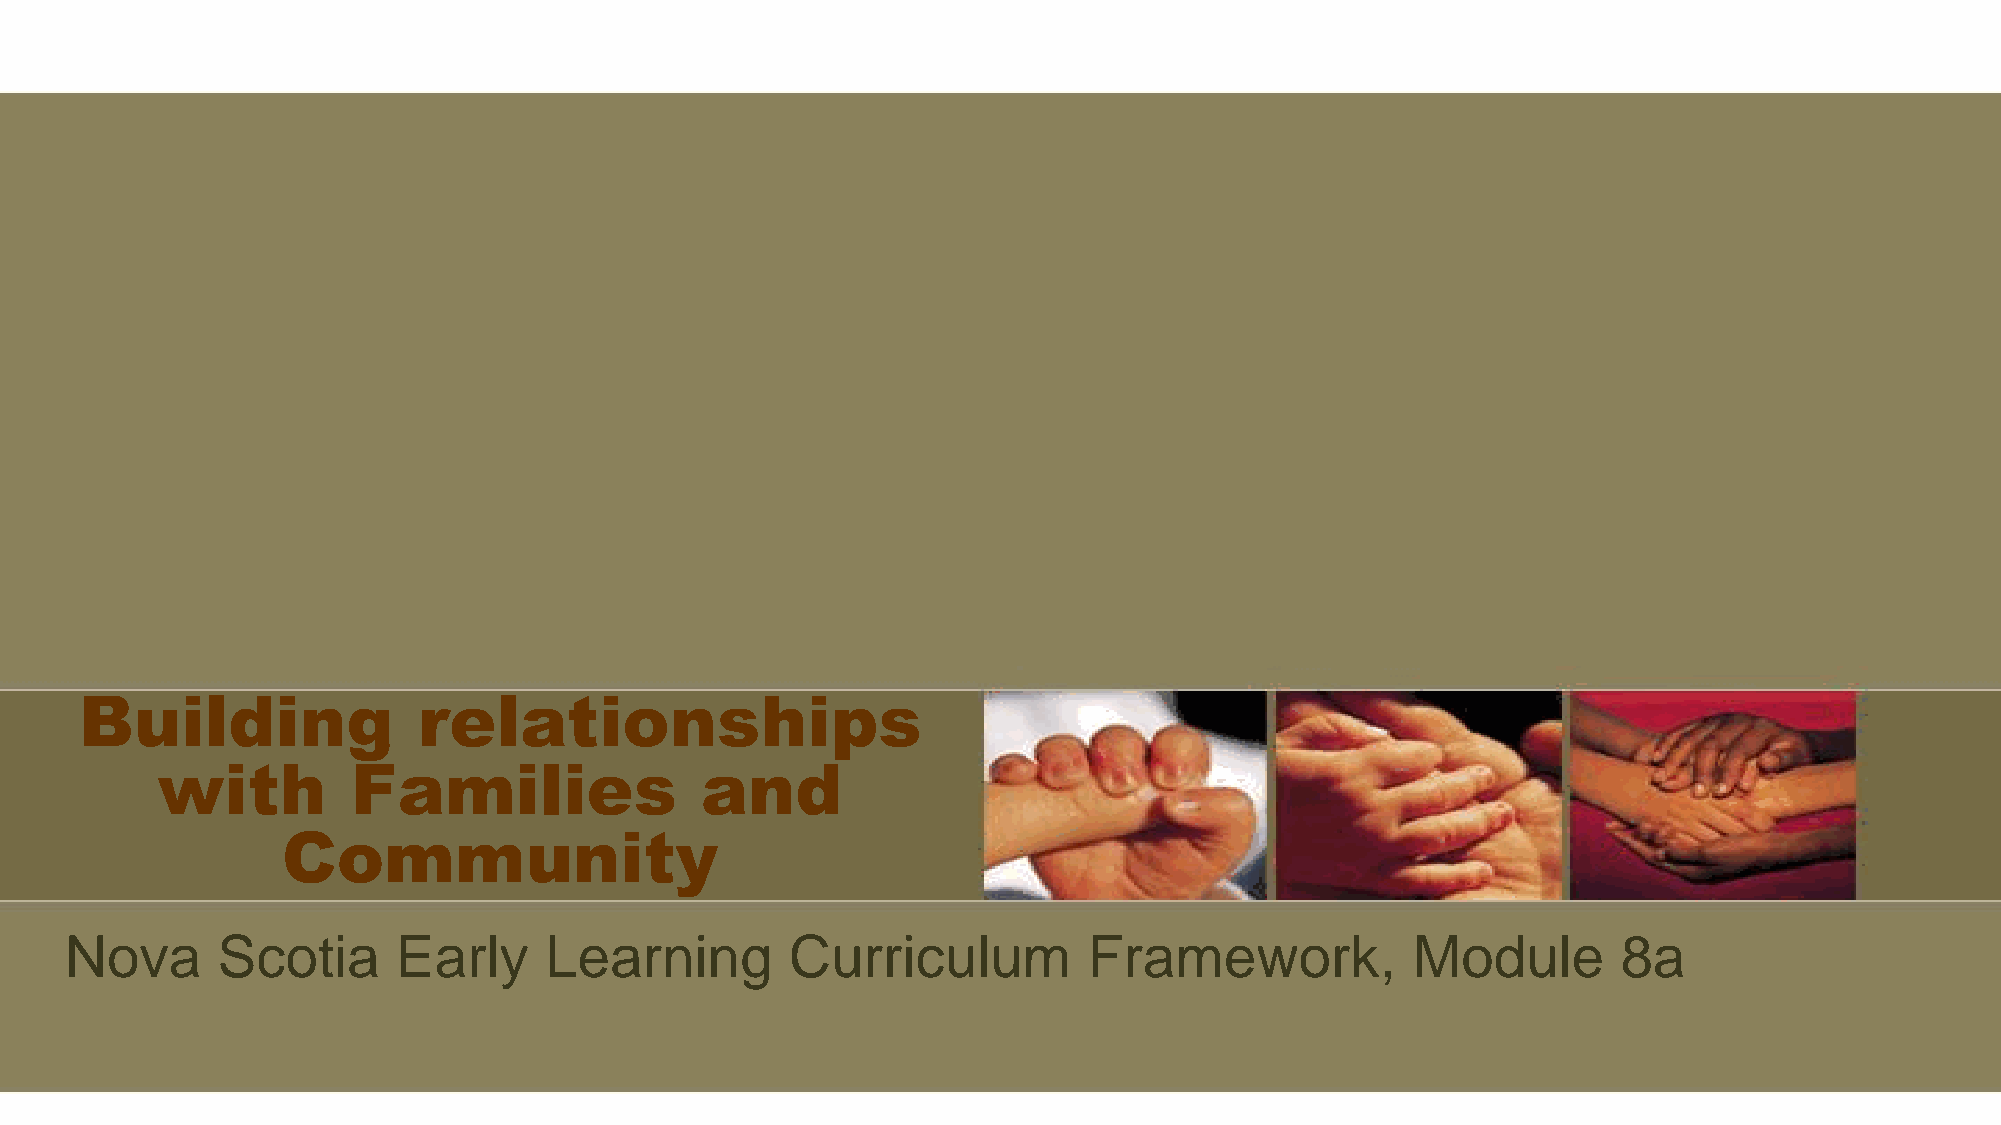
Building               relationships
 with         Families               and
 Community
 Nova      Scotia      Early     Learning        Curriculum          Framework,           Module        8a